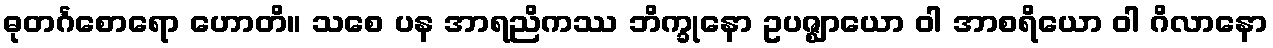
ဓုတင်္ဂစောရော ဟောတိ။ သစေ ပန အာရညိကဿ ဘိက္ခုနော ဥပဇ္ဈာယော ဝါ အာစရိယော ဝါ ဂိလာနော